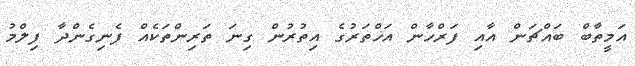
އަމީތާބް ބައްޗަން އާއި ފަރްހާން އަޚްތަރުގެ އިތުރުން ގިނަ ތަރިންތަކެއް ފެނިގެންދާ ފިލްމު